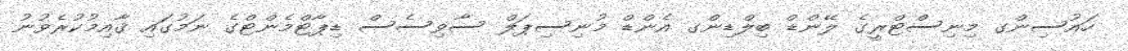
ހައުސިންގ މިނިސްޓްރީގެ ލޭންޑް ބިލްޑިންގ އެންޑް މުނިސިޕަލް ސާވިސެސް ޑިޕާޓްމެންޓްގެ ނަމުގައި ޤާއިމުކުުރެވުނު